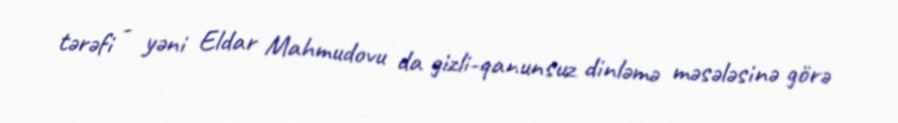
tərəfi - yəni Eldar Mahmudovu da gizli-qanunsuz dinləmə məsələsinə görə